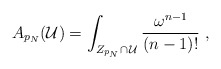
\begin{align*} A_{p_N}(\mathcal U)=\int_{Z_{p_N}\cap\, \mathcal U}\frac{\omega^{n-1}}{(n-1)!}\ ,\end{align*}